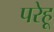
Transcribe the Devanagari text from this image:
परेहू